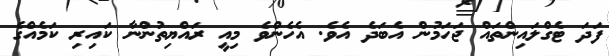
ފަދަ ޓެގްލައިންތައް ޖަހަމުން އެބަދެ އެވެ. އެހެންވެ މިއީ ރައްޔިތުންނާ ކައިރި ކަމެއްގެ